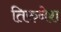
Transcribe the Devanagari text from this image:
तिरुनेश